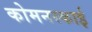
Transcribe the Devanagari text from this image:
कोमनस्काई